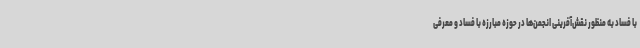
با فساد به منظور نقش‌آفرینی انجمن‌ها در حوزه مبارزه با فساد و معرفی